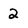
Character: 2